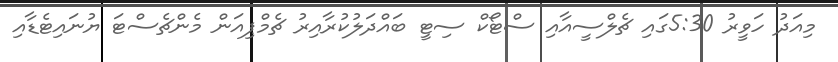
މިއަދު ހަވީރު 5:30ގައި ޗެލްސީއާއި ސްޓޯކް ސިޓީ ބައްދަލުކުރާއިރު ޗެމްޕިއަން މެންޗެސްޓަ ޔުނައިޓެޑާއި